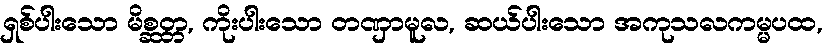
ရှစ်ပါးသော မိစ္ဆတ္တ, ကိုးပါးသော တဏှာမူလ, ဆယ်ပါးသော အကုသလကမ္မပထ,